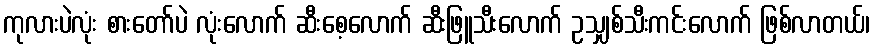
ကုလားပဲလုံး စားတော်ပဲ လုံးလောက် ဆီးစေ့လောက် ဆီးဖြူသီးလောက် ဥသျှစ်သီးကင်းလောက် ဖြစ်လာတယ်၊